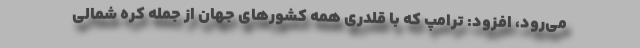
می‌رود، افزود: ترامپ که با قلدری همه کشورهای جهان از جمله کره شمالی